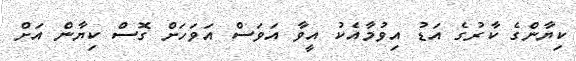
ކިޔާންގެ ކާރުގެ އަޑު އިވުމާއެކު އީވާ އަވަސް އަވަަހަށް ގޮސް ކިޔާން އަށް